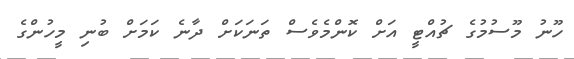
ހޫނު މޫސުމުގެ ޗުއްޓީ އަށް ކޮންމެވެސް ތަނަކަށް ދާނެ ކަމަށް ބުނި މީހުންގެ